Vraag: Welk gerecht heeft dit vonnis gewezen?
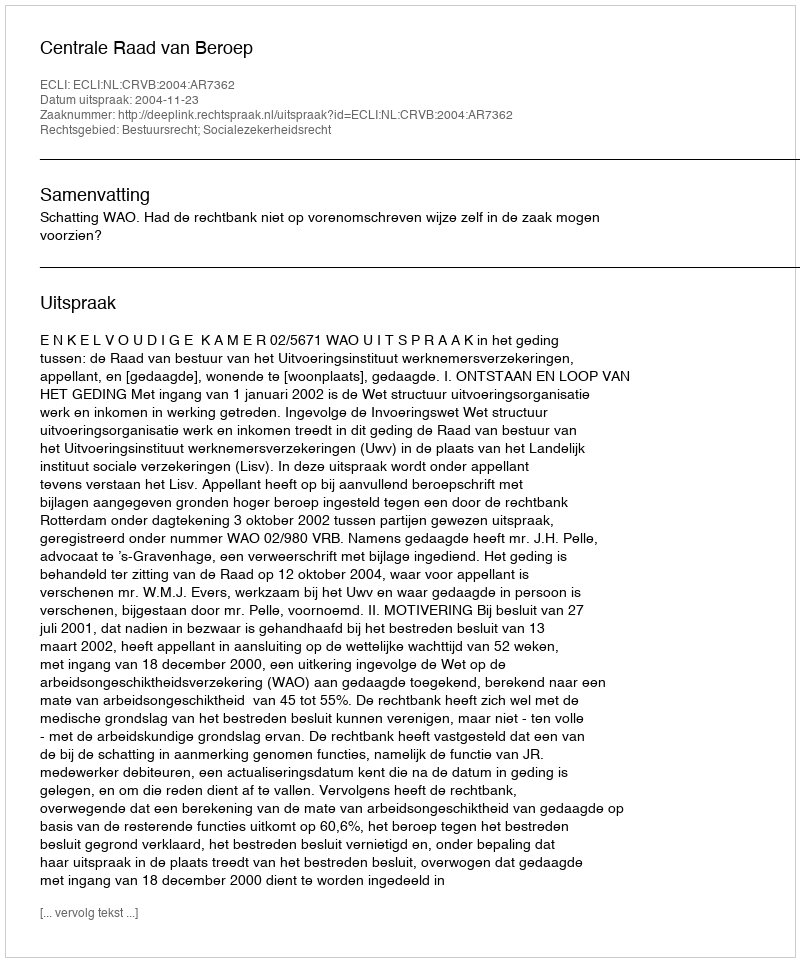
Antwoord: Centrale Raad van Beroep